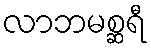
လာဘမစ္ဆရီ